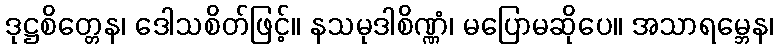
ဒုဋ္ဌစိတ္တေန၊ ဒေါသစိတ်ဖြင့်။ နသမုဒါစိဏ္ဏံ၊ မပြောမဆိုပေ။ အသာရမ္ဘေန၊